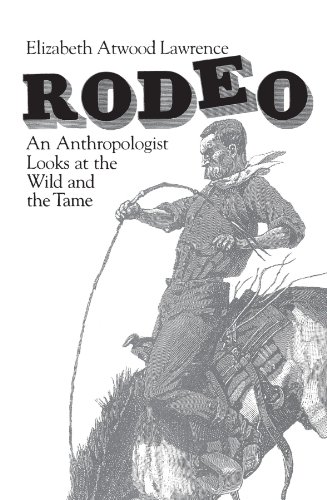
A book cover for Rodeo: An Anthropologist Looks at the Wild and the Tame; Elizabeth Atwood Lawrence; Sports & Outdoors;